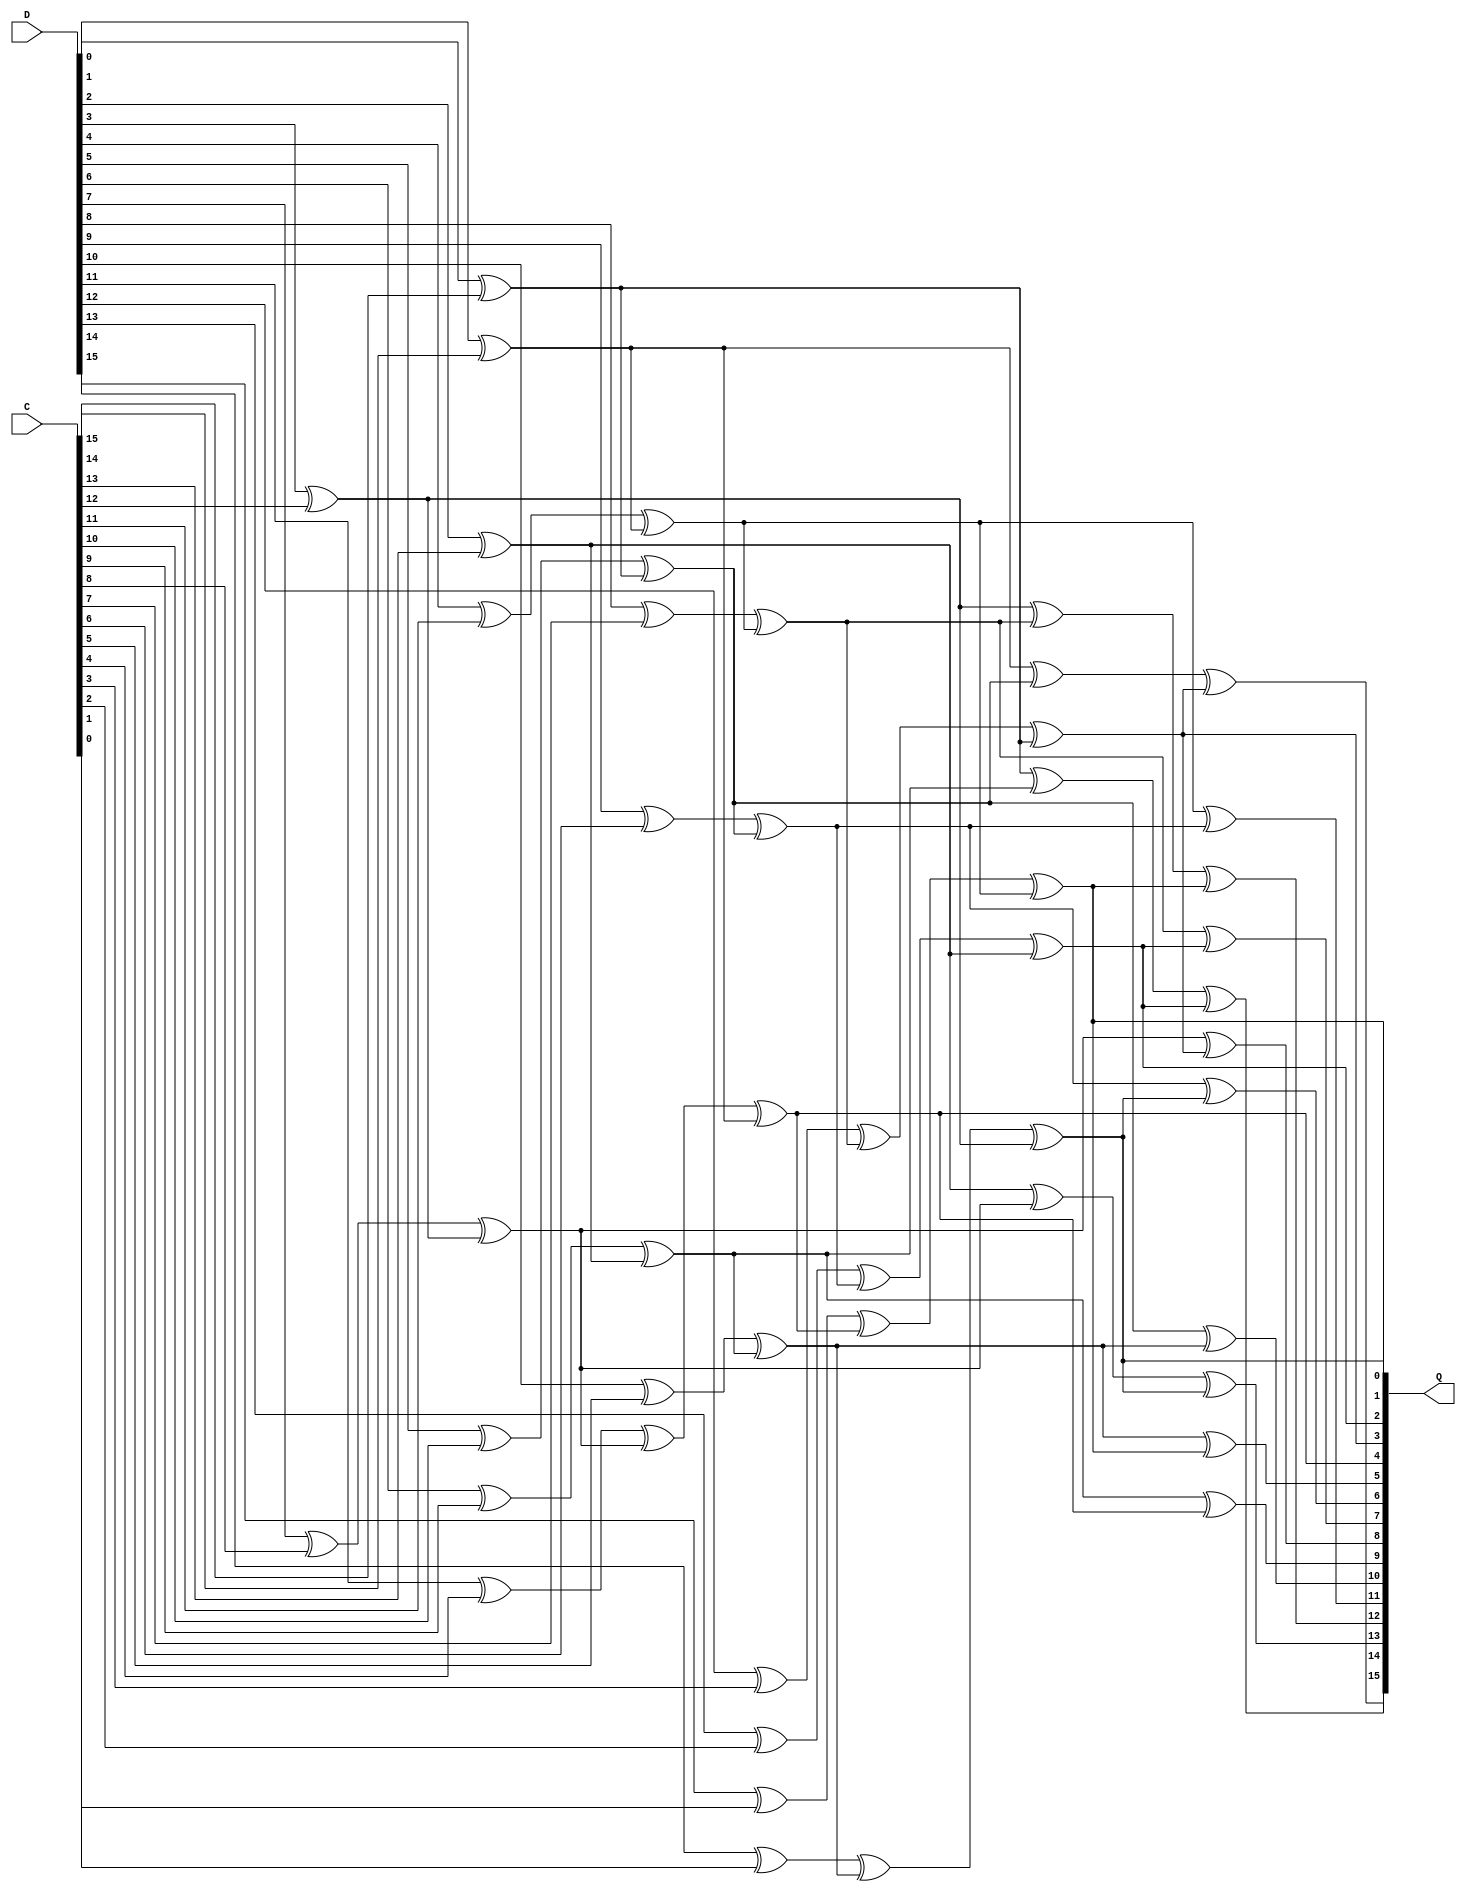
`timescale 1ns / 1ps
//////////////////////////////////////////////////////////////////////////////////
// Company: 
// Engineer: 
// 
// Design Name: 
// Module Name:    CRC_CL 
// Project Name: 
// Target Devices: 
// Tool versions: 
// Description: 
//
// Dependencies: 
//
// Revision: 
// Revision 0.01 - File Created
// Additional Comments: 
//
//////////////////////////////////////////////////////////////////////////////////
module CRC_CL(
	input [15:0] D,
	input [15:0] C,
	output [15:0] Q
);

wire [16:1]	f;		// internal wire
// The polynomial is
// G(X) = X16 + X12 + X5 + 1

assign f[1]		= D[0]  ^ C[15];
assign f[2]		= D[1]  ^ C[14];
assign f[3]		= D[2]  ^ C[13];
assign f[4]		= D[3]  ^ C[12];
assign f[5]		= D[4]  ^ C[11]	^ f[1];
assign f[6]		= D[5]  ^ C[10]	^ f[2];
assign f[7]		= D[6]  ^ C[9] 	^ f[3];
assign f[8]		= D[7]  ^ C[8] 	^ f[4];
assign f[9]		= D[8]  ^ C[7] 	^ f[5];
assign f[10]	= D[9]  ^ C[6] 	^ f[6];
assign f[11]	= D[10] ^ C[5] 	^ f[7];
assign f[12]	= D[11] ^ C[4] 	^ f[8]	^ f[1];
assign f[13]	= D[12] ^ C[3]		^ f[9]	^ f[2];
assign f[14]	= D[13] ^ C[2]		^ f[10]	^ f[3];
assign f[15]	= D[14] ^ C[1]		^ f[11]	^ f[4];
assign f[16]	= D[15] ^ C[0]		^ f[12]	^ f[5];

assign Q[0]		= f[16];
assign Q[1]		= f[15];
assign Q[2]		= f[14];
assign Q[3]		= f[13];
assign Q[4]		= f[12];
assign Q[5]		= f[11] 	^ f[16];
assign Q[6]		= f[10]	^ f[15];
assign Q[7]		= f[9] 	^ f[14];
assign Q[8]		= f[8] 	^ f[13];
assign Q[9]		= f[7] 	^ f[12];
assign Q[10]	= f[6]	^ f[11];
assign Q[11]	= f[5]	^ f[10];
assign Q[12]	= f[4]	^ f[9]	^ f[16];
assign Q[13]	= f[3]	^ f[8]	^ f[15];
assign Q[14]	= f[2]	^ f[7]	^ f[14];
assign Q[15]	= f[1]	^ f[6]	^ f[13];

endmodule